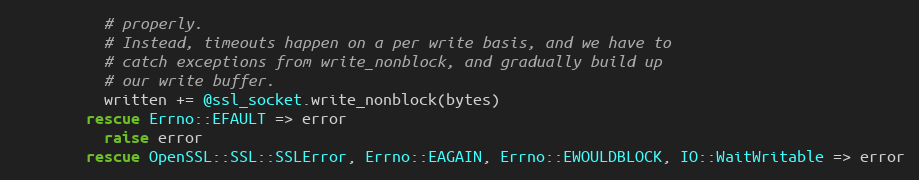
Language: Ruby
          # properly.
          # Instead, timeouts happen on a per write basis, and we have to
          # catch exceptions from write_nonblock, and gradually build up
          # our write buffer.
          written += @ssl_socket.write_nonblock(bytes)
        rescue Errno::EFAULT => error
          raise error
        rescue OpenSSL::SSL::SSLError, Errno::EAGAIN, Errno::EWOULDBLOCK, IO::WaitWritable => error